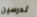
تدرسين